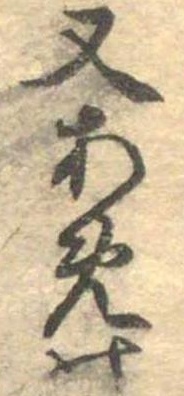
又あめの